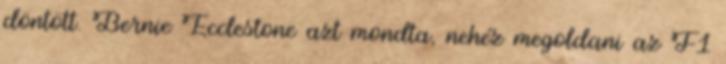
döntött. Bernie Ecclestone azt mondta, nehéz megoldani az F1